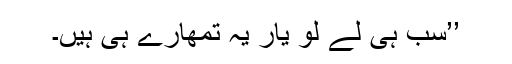
’’سب ہی لے لو یار یہ تمھارے ہی ہیں۔